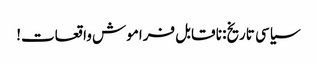
سیاسی تاریخ: نا قابل فراموش واقعات!